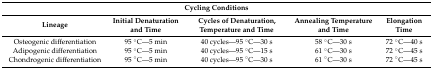
<table><thead><tr><td colspan="5"><b>Cycling Conditions</b></td></tr><tr><td><b>Lineage</b></td><td><b>Initial Denaturation and Time</b></td><td><b>Cycles of Denaturation, Temperature and Time</b></td><td><b>Annealing Temperature and Time</b></td><td><b>Elongation Time</b></td></tr></thead><tbody><tr><td>Osteogenic differentiation</td><td>95 °C—5 min</td><td>40 cycles—95 °C—30 s</td><td>58 °C—30 s</td><td>72 °C—40 s</td></tr><tr><td>Adipogenic differentiation</td><td>95 °C—5 min</td><td>40 cycles—95 °C—15 s</td><td>61 °C—30 s</td><td>72 °C—45 s</td></tr><tr><td>Chondrogenic differentiation</td><td>95 °C—5 min</td><td>40 cycles—95 °C—30 s</td><td>61 °C—30 s</td><td>72 °C—45 s</td></tr></tbody></table>